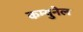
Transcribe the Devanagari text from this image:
कम्युनेल